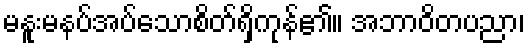
မနူးမနပ်အပ်သောစိတ်ရှိကုန်၏။ အဘာဝိတပညာ၊